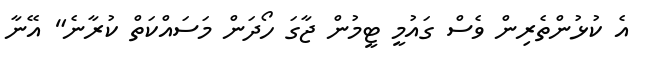
އެ ކުޅުންތެރިން ވެސް ގައުމީ ޓީމުން ޖާގަ ހޯދަން މަސައްކަތް ކުރާނެ" އޭނާ